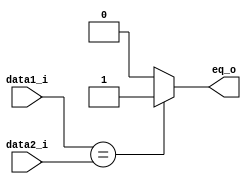
module Eq
(
data1_i,
data2_i,
eq_o

);

input	[31:0]	data1_i, data2_i;
output	reg	eq_o;

always	@(*) begin
	if(data1_i == data2_i)
		eq_o = 1'b1;
	else
		eq_o = 1'b0;
end

endmodule